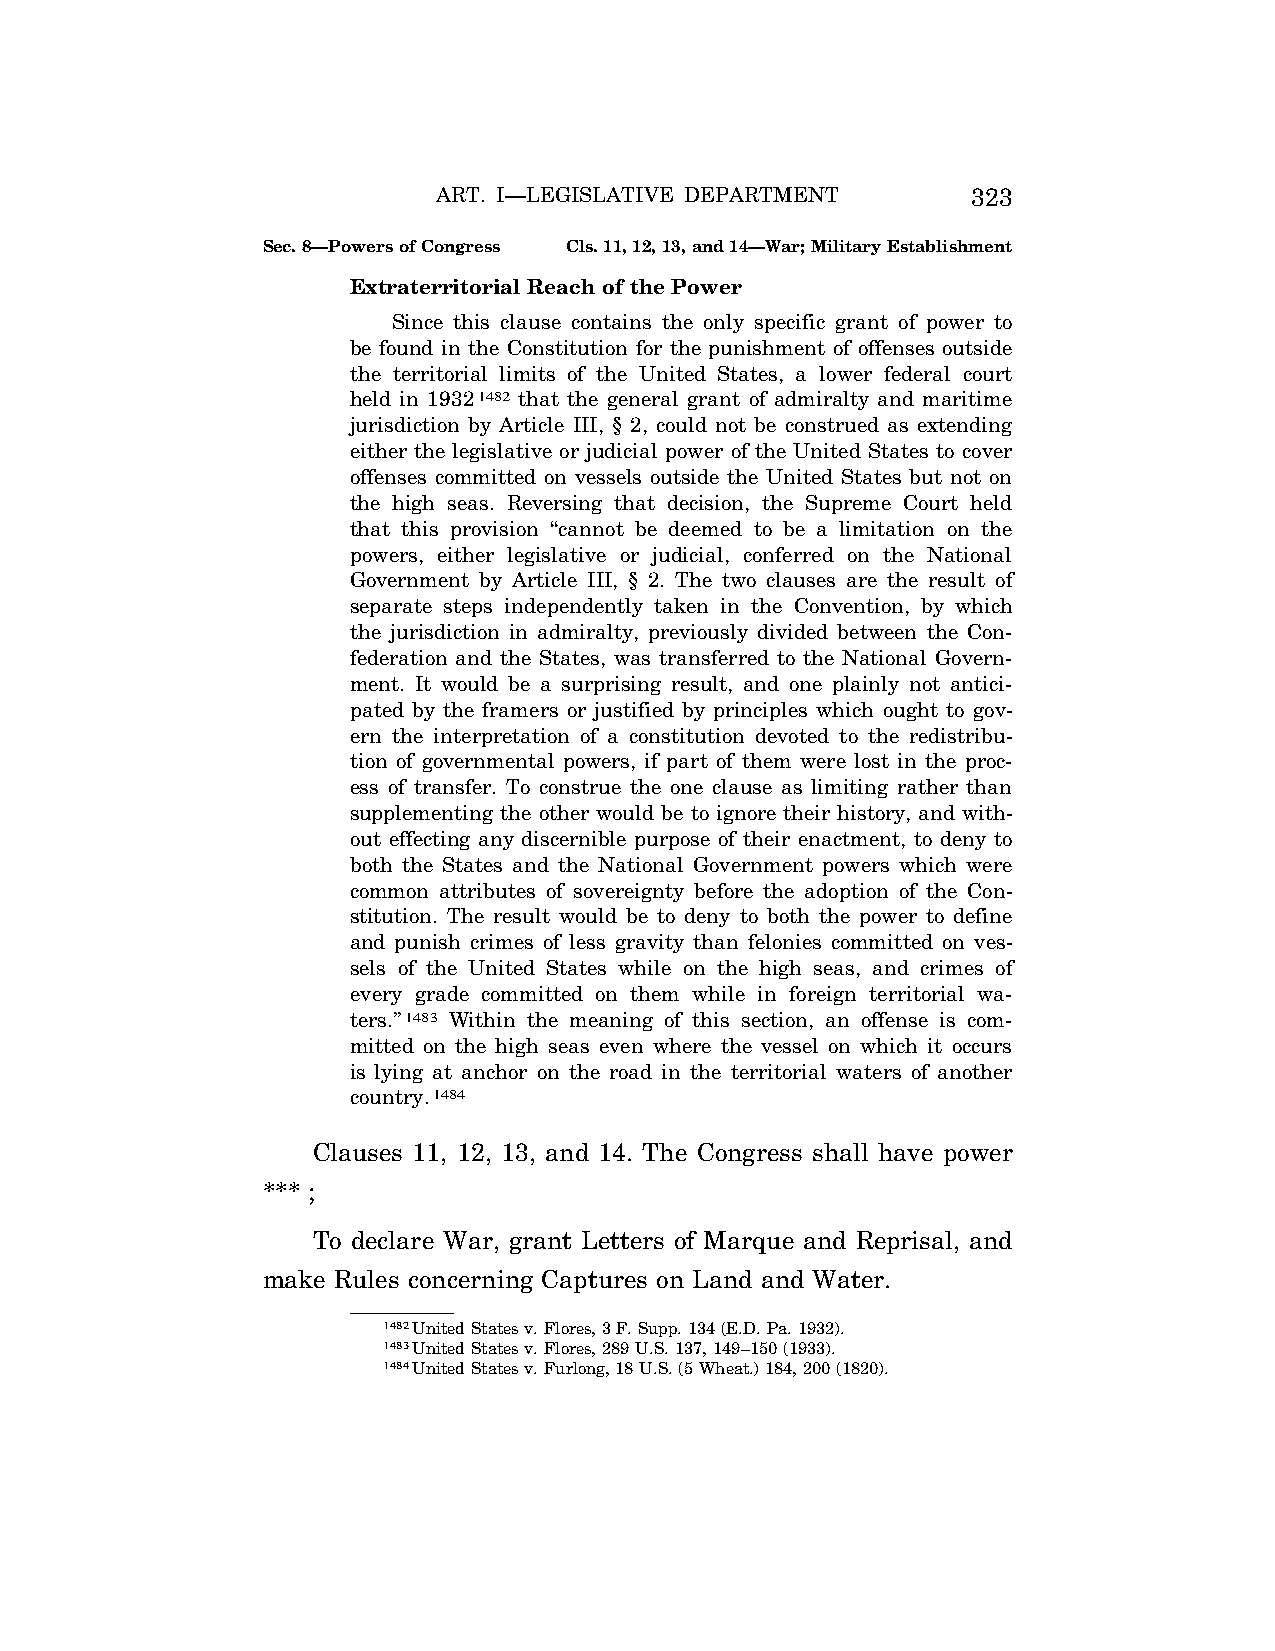
ART. I—LEGISLATIVE DEPARTMENT      323
 Sec. 8—Powers of Congress Cls. 11, 12, 13, and 14—War; Military Establishment
 Extraterritorial Reach of the Power
 Since this clause contains the only specific grant of power to
 be found in the Constitution for the punishment of offenses outside
 the territorial limits of the United States, a lower federal court
 held in 19321482 that the general grant of admiralty and maritime
 jurisdiction by Article III, § 2, could not be construed as extending
 either the legislative or judicial power of the United States to cover
 offenses committed on vessels outside the United States but not on
 the high seas. Reversing that decision, the Supreme Court held
 that this provision ‘‘cannot be deemed to be a limitation on the
 powers, either legislative or judicial, conferred on the National
 Government by Article III, § 2. The two clauses are the result of
 separate steps independently taken in the Convention, by which
 the jurisdiction in admiralty, previously divided between the Con-
 federation and the States, was transferred to the National Govern-
 ment. It would be a surprising result, and one plainly not antici-
 pated by the framers or justified by principles which ought to gov-
 ern the interpretation of a constitution devoted to the redistribu-
 tion of governmental powers, if part of them were lost in the proc-
 ess of transfer. To construe the one clause as limiting rather than
 supplementing the other would be to ignore their history, and with-
 out effecting any discernible purpose of their enactment, to deny to
 both the States and the National Government powers which were
 common attributes of sovereignty before the adoption of the Con-
 stitution. The result would be to deny to both the power to define
 and punish crimes of less gravity than felonies committed on ves-
 sels of the United States while on the high seas, and crimes of
 every grade committed on them while in foreign territorial wa-
 ters.’’1483 Within the meaning of this section, an offense is com-
 mitted on the high seas even where the vessel on which it occurs
 is lying at anchor on the road in the territorial waters of another
 country.1484
 Clauses 11, 12, 13, and 14. The Congress shall have power
 *** ;
 To declare War, grant Letters of Marque and Reprisal, and
 make Rules concerning Captures on Land and Water.
 1482United States v. Flores, 3 F. Supp. 134 (E.D. Pa. 1932).
 1483United States v. Flores, 289 U.S. 137, 149–150 (1933).
 1484United States v. Furlong, 18 U.S. (5 Wheat.) 184, 200 (1820).
 VerDate Apr<14>2004 12:35 Apr 14, 2004 Jkt 077500 PO 00000 Frm 00261 Fmt 8222 Sfmt 8222 C:\CONAN\CON009.SGM PRFM99 PsN: CON009